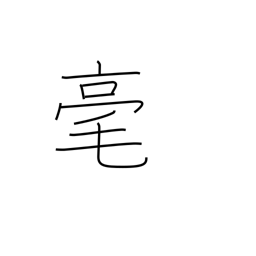
Meaning: not at all